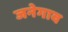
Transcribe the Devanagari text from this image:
जनेगाव